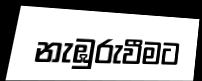
නැඹුරුවීමට